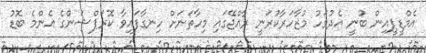
އެމްޑީޕީއިން ބުނީ އެދުވަހު މުޒާހަރާކުރަނީ ރާއްޖޭގައި މިހާތަނަށް ހިނގާފައިވާ ކޮރަޕްޝަންގެ އެންމެ ބޮޑު